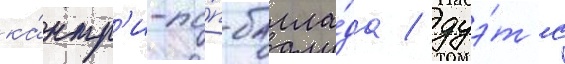
ка́нтр'и-по́п-балла́да / дуэ́т с